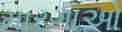
મારગાઓ